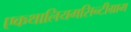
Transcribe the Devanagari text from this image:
एकथालियमसिन्टीग्राम